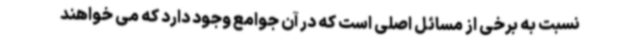
نسبت به برخی از مسائل اصلی است که در آن جوامع وجود دارد که می خواهند